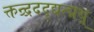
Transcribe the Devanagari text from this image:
क्तन्र्द्रददृद्यत्द्मथ्र्